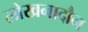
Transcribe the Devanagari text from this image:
लोखनादौन